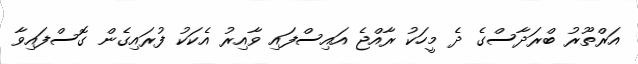
އަރްތޫރު ބްރަދާސްގެ ދެ މީހަކު ރާއްޖެ އައިސްފައި ވާއިރު އެކަކު ފުރައިގެން ގޮސްފައިވާ